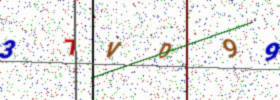
Text: 37VD99